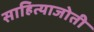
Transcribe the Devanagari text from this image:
साहित्याजोती